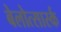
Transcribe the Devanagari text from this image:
बेलोत्सार्स्क